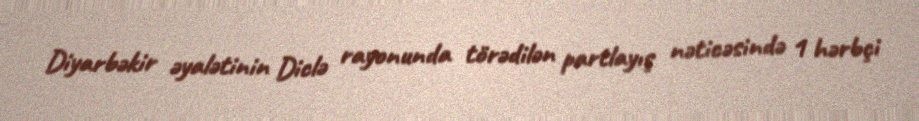
Diyarbəkir əyalətinin Diclə rayonunda törədilən partlayış nəticəsində 1 hərbçi